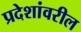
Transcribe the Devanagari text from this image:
प्रदेशांवरील